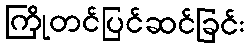
ကြိုတင်ပြင်ဆင်ခြင်း